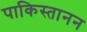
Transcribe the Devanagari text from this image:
पाकिस्तानन